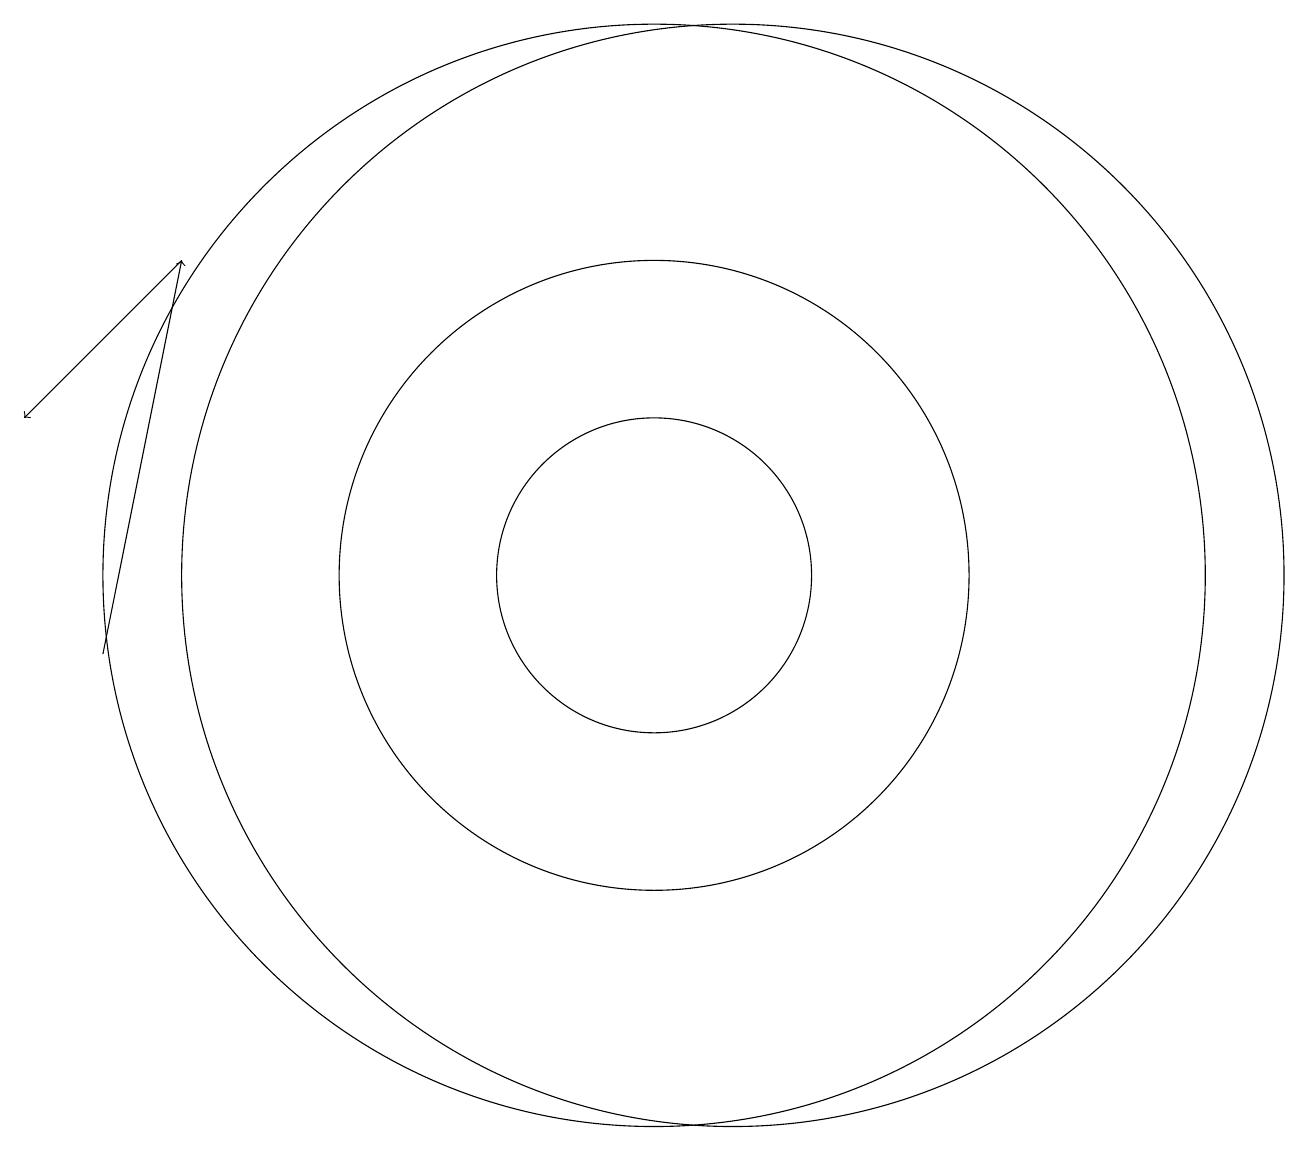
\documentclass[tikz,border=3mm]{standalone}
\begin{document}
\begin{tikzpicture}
\draw (10,11) circle (2);
\draw[->] (4,15) -- (2,13);
\draw (11,11) circle (7);
\draw (10,11) circle (4);
\draw[->] (3,10) -- (4,15);
\draw (10,11) circle (7);
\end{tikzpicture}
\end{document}